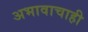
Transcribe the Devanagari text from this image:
अभावाचाही